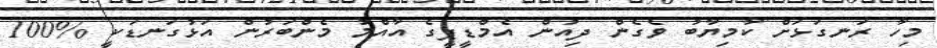
މިހާ ރަނގަޅަށް ކާމިޔާބު ވެގެން ދިއުން އެމްޑީޕީގެ އާއްމު މެންބަރުން އަޅުގަނޑަކީ %100